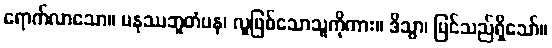
ရောက်လာသော။ မနုဿဘူတံပန၊ လူဖြစ်သောသူကိုကား။ ဒိသွာ၊ မြင်သည်ရှိသော်။